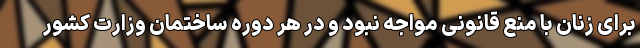
برای زنان با منع قانونی مواجه نبود و در هر دوره ساختمان وزارت کشور